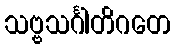
သဗ္ဗသင်္ဂါတိဂတေ